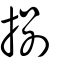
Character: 捌